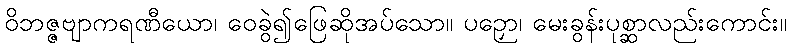
ဝိဘဇ္ဇဗျာကရဏီယော၊ ဝေခွဲ၍ဖြေဆိုအပ်သော။ ပဉှော၊ မေးခွန်းပုစ္ဆာလည်းကောင်း။